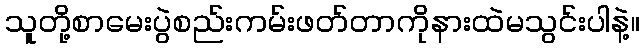
သူတို့စာမေးပွဲစည်းကမ်းဖတ်တာကိုနားထဲမသွင်းပါနဲ့။